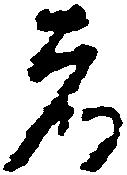
者